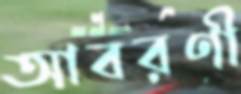
আবরণী